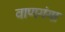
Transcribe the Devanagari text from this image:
वाणगंगा